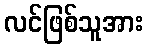
လင်ဖြစ်သူအား